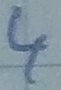
Text: 4